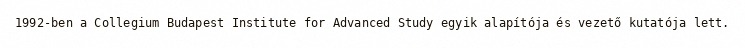
1992-ben a Collegium Budapest Institute for Advanced Study egyik alapítója és vezető kutatója lett.